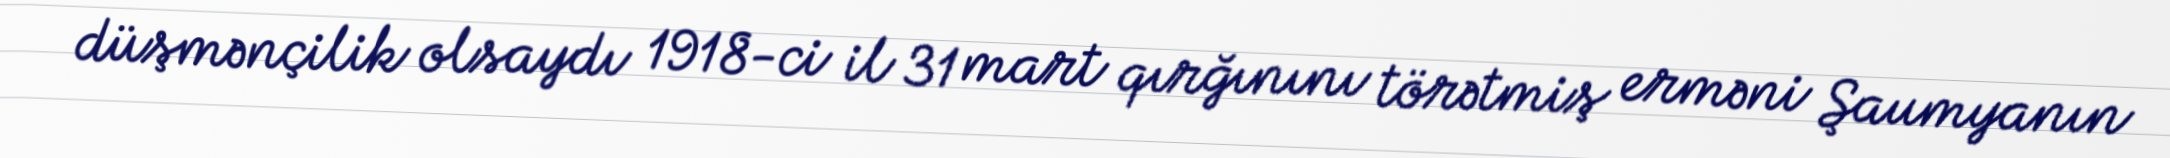
düşmənçilik olsaydı 1918-ci il 31 mart qırğınını törətmiş erməni Şaumyanın